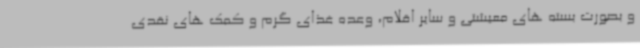
و بصورت بسته های معیشتی و سایر اقلام، وعده غذای گرم و کمک های نقدی